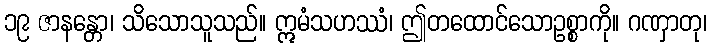
၁၉ ဇာနန္တော၊ သိသောသူသည်။ ဣမံသဟဿံ၊ ဤတထောင်သောဥစ္စာကို။ ဂဏှာတု၊